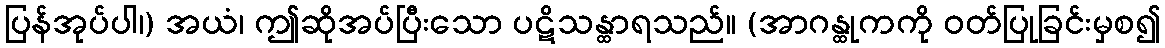
ပြန်အုပ်ပါ၊) အယံ၊ ဤဆိုအပ်ပြီးသော ပဋိသန္ထာရသည်။ (အာဂန္ထုကကို ဝတ်ပြုခြင်းမှစ၍